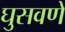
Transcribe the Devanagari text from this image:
घुसवणे